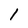
Character: 1